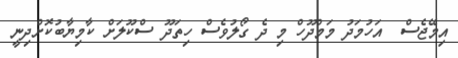
އިމޭޖެސް  އަހުމަދު މަމްދޫހް މި ދެ ގޯލުވެސް ހިތަދޫ ސްކޫލަށް ކާމިޔާބުކޮށްދިނީ